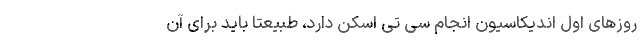
روزهای اول اندیکاسیون انجام سی تی اسکن دارد، طبیعتاً باید برای آن